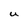
Character: U